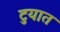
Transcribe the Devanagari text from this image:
टुयात